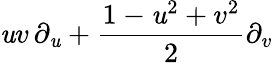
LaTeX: \mathit{u}v\, \partial_{\mathit{u}}+{\frac{{1-\mathit{u}^{2}+v^{2}}}{{2}}}\partial_{v}